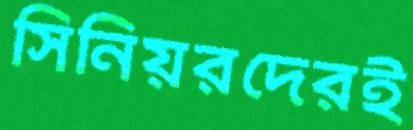
সিনিয়রদেরই